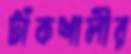
টাঁকশালীর